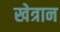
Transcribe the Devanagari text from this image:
खेत्रान